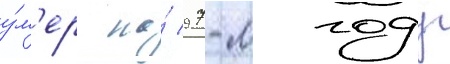
у́м'ер на́ 97-м году